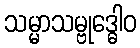
သမ္မာသမ္ဗုဒ္ဓေါဝ